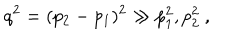
LaTeX: q ^ { 2 } = ( p _ { 2 } - p _ { 1 } ) ^ { 2 } \gg p _ { 1 } ^ { 2 } , p _ { 2 } ^ { 2 } ~ ,